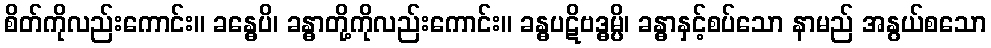
စိတ်ကိုလည်းကောင်း။ ခန္ဓေပိ၊ ခန္ဓာတို့ကိုလည်းကောင်း။ ခန္ဓပဋိဗဒ္ဓမ္ပိ၊ ခန္ဓာနှင့်စပ်သော နာမည် အနွယ်စသော